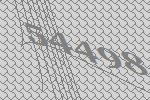
54498